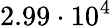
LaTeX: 2.99\cdot 10^{4}